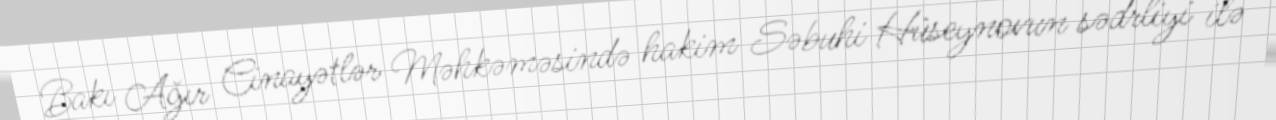
Bakı Ağır Cinayətlər Məhkəməsində hakim Səbuhi Hüseynovun sədrliyi ilə